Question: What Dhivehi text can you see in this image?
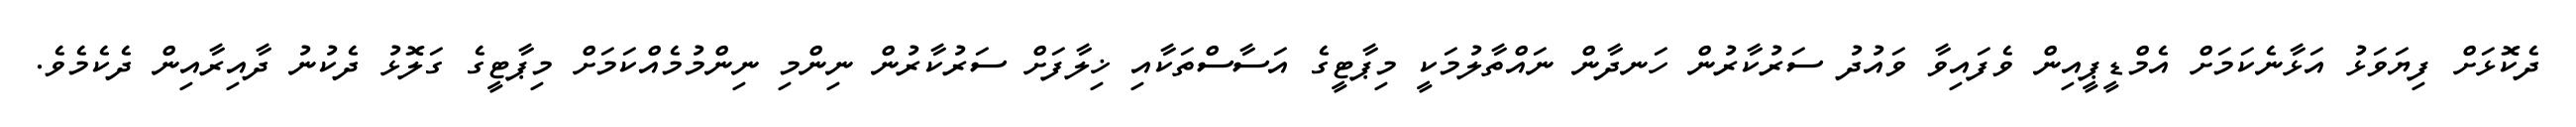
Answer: ދެކޮޅަށް ފިޔަވަޅު އަޅާނެކަމަށް އެމްޑީޕީއިން ވެފައިވާ ވައުދު ސަރުކާރުން ހަނދާން ނައްތާލުމަކީ މިޕާޓީގެ އަސާސްތަކާއި ޚިލާފަށް ސަރުކާރުން ނިންމި ނިންމުމެއްކަމަށް މިޕާޓީގެ ގަލޮޅު ދެކުނު ދާއިރާއިން ދެކެމެވެ.